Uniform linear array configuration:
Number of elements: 48
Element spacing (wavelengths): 0.5
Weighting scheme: uniform
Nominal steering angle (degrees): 45
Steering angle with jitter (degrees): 43.131
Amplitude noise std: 0.05
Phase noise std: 0.05

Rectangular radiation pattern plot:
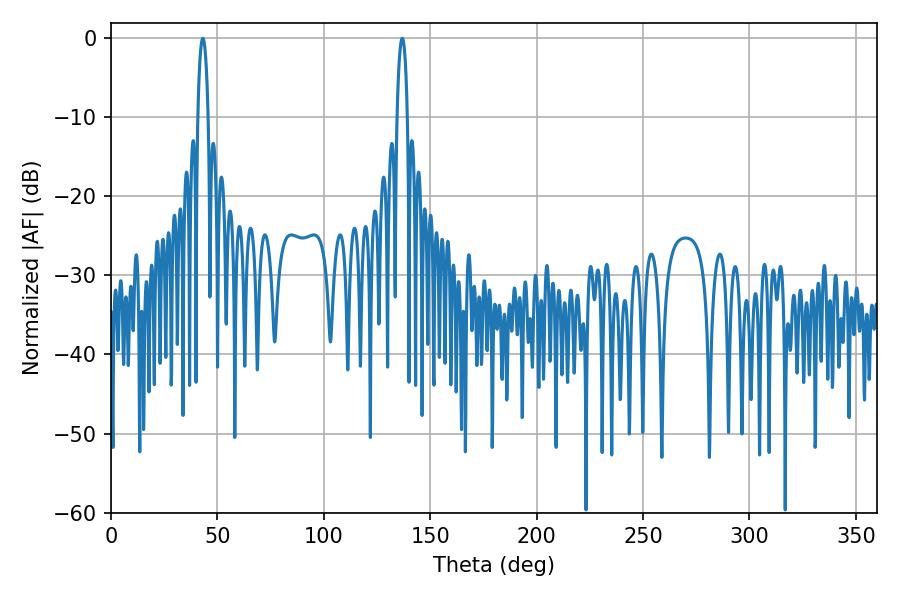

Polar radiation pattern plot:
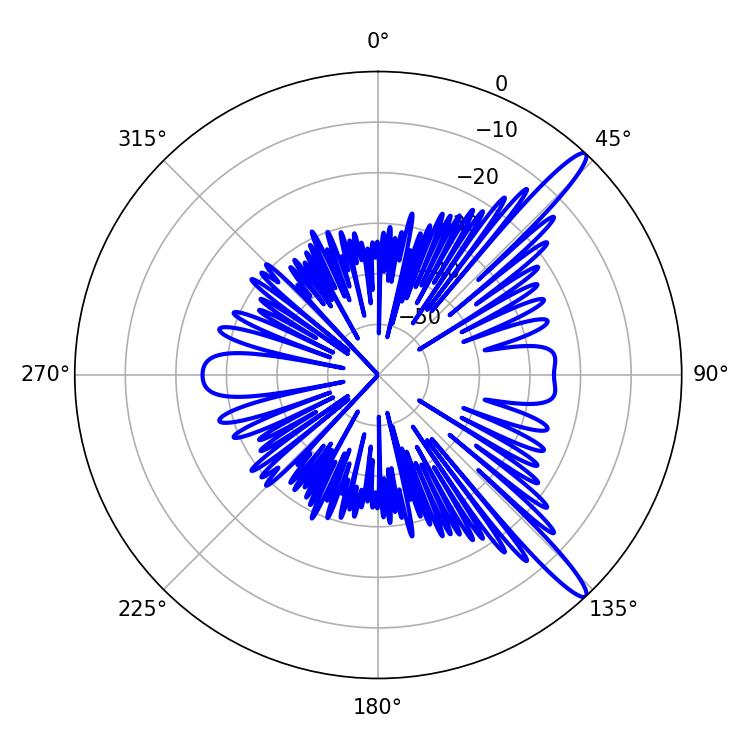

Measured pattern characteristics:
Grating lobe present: FALSE
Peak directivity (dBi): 14.113
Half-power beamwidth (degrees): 2.7
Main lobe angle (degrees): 136.8